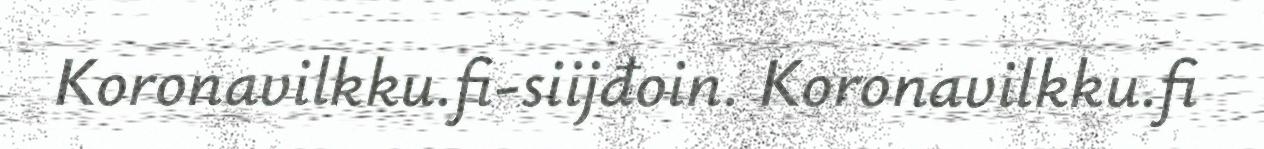
Koronavilkku.fi-siijđoin. Koronavilkku.fi